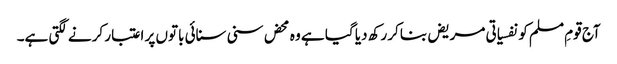
آج قومِ مسلم کو نفسیاتی مریض بناکر رکھ دیا گیا ہے وہ محض سنی سنائی باتوں پر اعتبار کرنے لگتی ہے۔